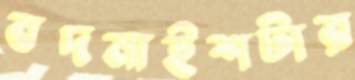
বদমাইশটার